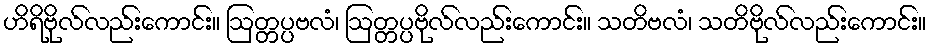
ဟိရိဗိုလ်လည်းကောင်း။ ဩတ္တပ္ပဗလံ၊ ဩတ္တပ္ပဗိုလ်လည်းကောင်း။ သတိဗလံ၊ သတိဗိုလ်လည်းကောင်း။